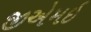
જીએમઇ